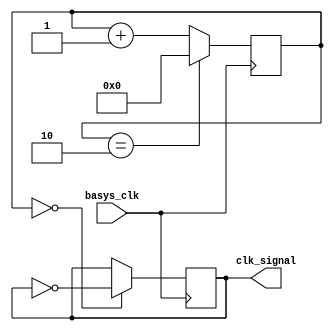
module clk16p67MHz(
    input basys_clk,
    output clk_signal
    );
    reg [31:0] count = 32'd0;
    reg clk_signal = 0;
    always @(posedge basys_clk) begin
        count <= (count == 2) ? 0 : count + 1;
        clk_signal <= (count == 0) ? ~clk_signal : clk_signal;
   
    end  
endmodule